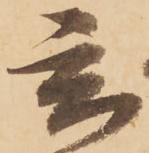
玄